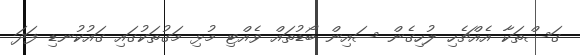
ގަސްތަކާ އެއްޗެހި ލުހިގެން ސައިން ބޯޑުތައް ވެއްޓި މުޅި މަގުތަކުގައި ގައުކުނޑި ފަދަ